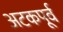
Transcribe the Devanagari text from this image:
अटकपूर्व